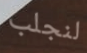
لنجلب